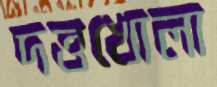
দত্তখোলা